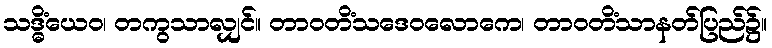
သဒ္ဓိံယေဝ၊ တကွသာလျှင်။ တာဝတိံသဒေဝလောကေ၊ တာဝတိံသာနတ်ပြည်၌။